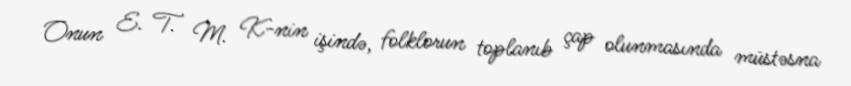
Onun E. T. M. K-nin işində, folklorun toplanıb çap olunmasında müstəsna